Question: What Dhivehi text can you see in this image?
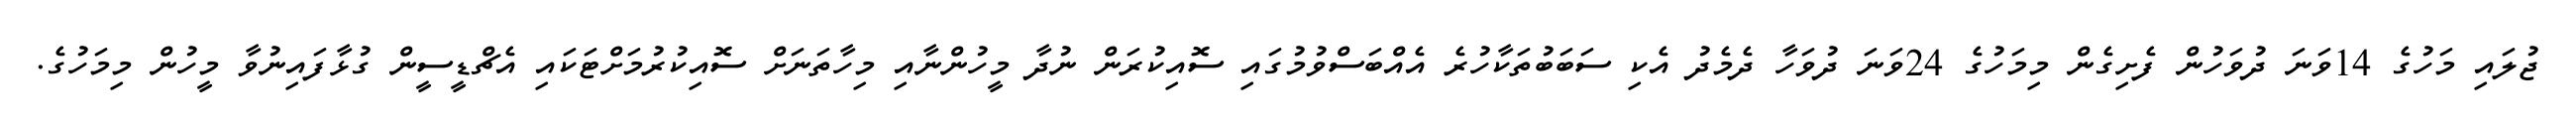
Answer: ޖުލައި މަހުގެ 14ވަނަ ދުވަހުން ފެށިގެން މިމަހުގެ 24ވަނަ ދުވަހާ ދެމެދު އެކި ސަބަބުތަކާހުރެ އެއްބަސްވުމުގައި ސޮއިކުރަން ނުދާ މީހުންނާއި މިހާތަނަށް ސޮއިކުރުމަށްޓަކައި އެޗްޑީސީން ގުޅާފައިނުވާ މީހުން މިމަހުގެ.